65_HS1-834228961_62-HQ-83894_Section_10
Agency: FBI
Page 156
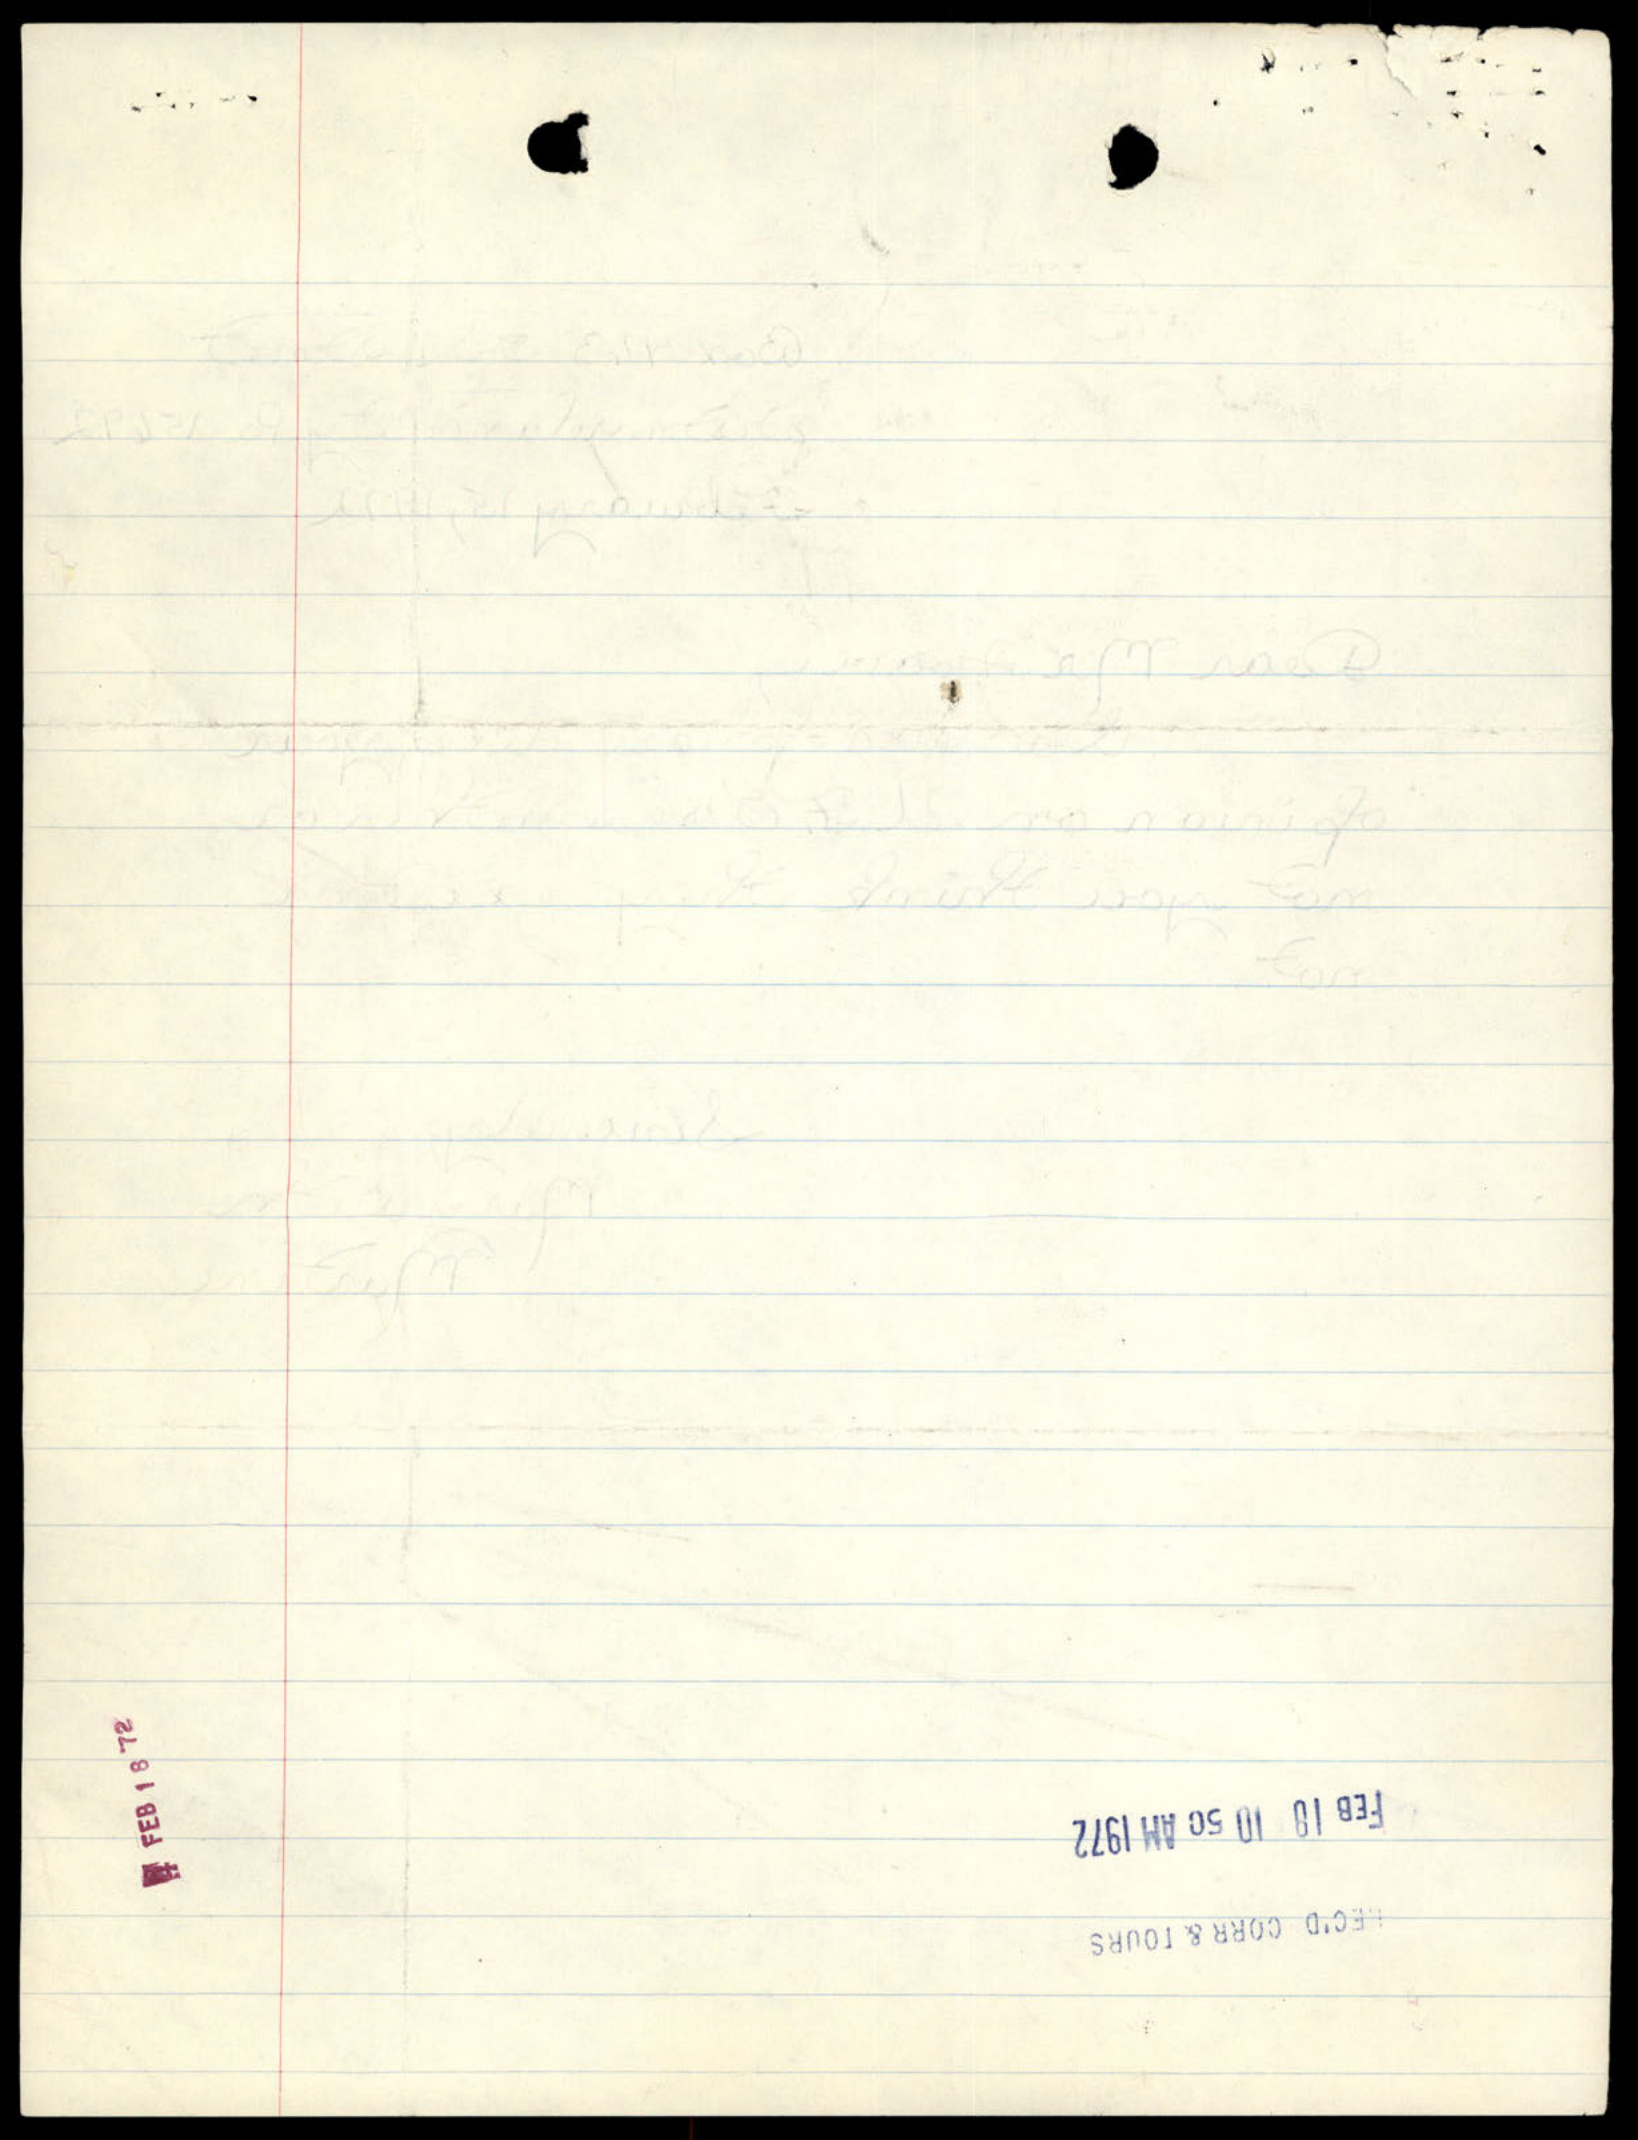